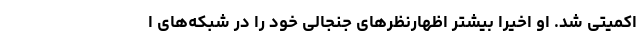
اکمیتی شد. او اخیرا بیشتر اظهارنظرهای جنجالی خود را در شبکه‌های ا